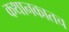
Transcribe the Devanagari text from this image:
कथानकातच